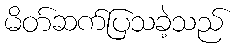
မိတ်ဆက်ပြသခဲ့သည်